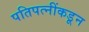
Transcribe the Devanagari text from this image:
पतिपत्नींकडून